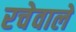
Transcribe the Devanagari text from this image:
रचेवाले